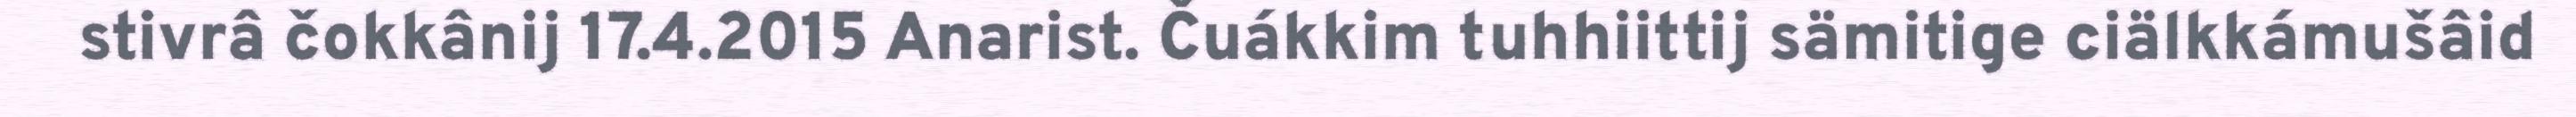
stivrâ čokkânij 17.4.2015 Anarist. Čuákkim tuhhiittij sämitige ciälkkámušâid